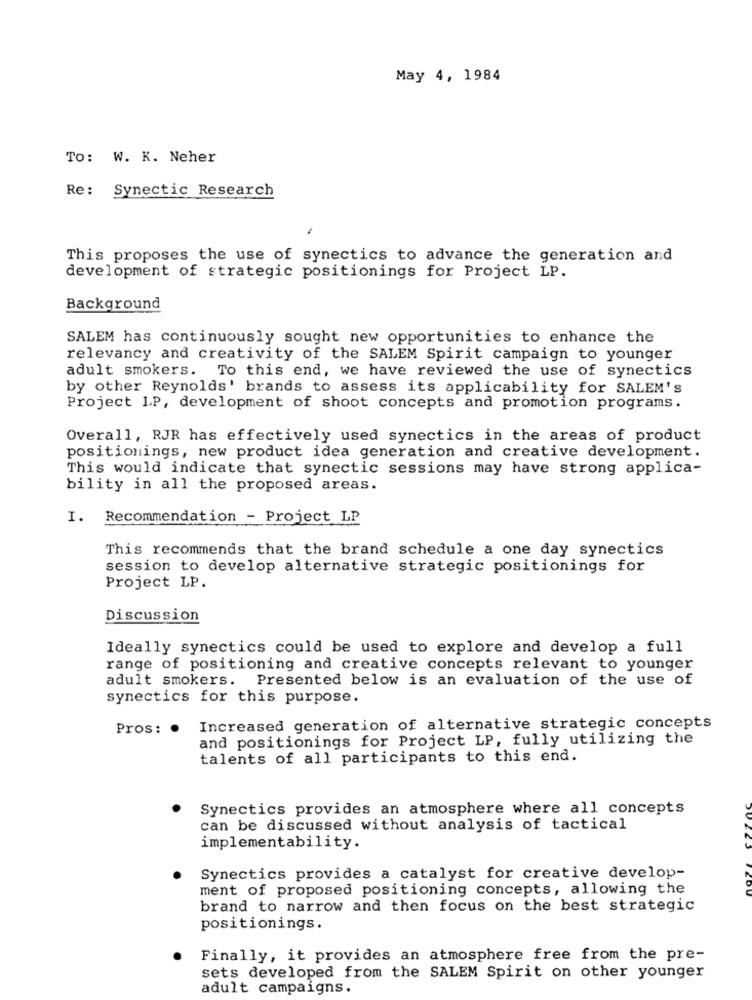
May 4, 1984
To: W. K. Neher
Re: Synectic Research
This proposes the use of synectics to advance the generation and
development of strategic positionings for Project LP.
Background
SALEM has continuously sought new opportunities to enhance the
relevancy and creativity of the SALEM Spirit campaign to younger
adult smokers. To this end, we have reviewed the use of synectics
by other Reynolds' brands to assess its applicability for SALEM's
Project LP, development of shoot concepts and promotion programs.
Overall, RJR has effectively used synectics in the areas of product
positionings, new product idea generation and creative development.
This would indicate that synectic sessions may have strong applica-
bility in all the proposed areas.
I.
Recommendation - Project LP
This recommends that the brand schedule a one day synectics
session to develop alternative strategic positionings for
Project LP.
Discussion
Ideally synectics could be used to explore and develop a full
range of positioning and creative concepts relevant to younger
adult smokers. Presented below is an evaluation of the use of
synectics for this purpose.
Pros:
Increased generation of alternative strategic concepts
and positionings for Project LP, fully utilizing the
talents of all participants to this end.
Synectics provides an atmosphere where all concepts
can be discussed without analysis of tactical
implementability.
Synectics provides a catalyst for creative develop-
ment of proposed positioning concepts, allowing the
brand to narrow and then focus on the best strategic
positionings.
Finally, it provides an atmosphere free from the pre-
sets developed from the SALEM Spirit on other younger
adult campaigns.